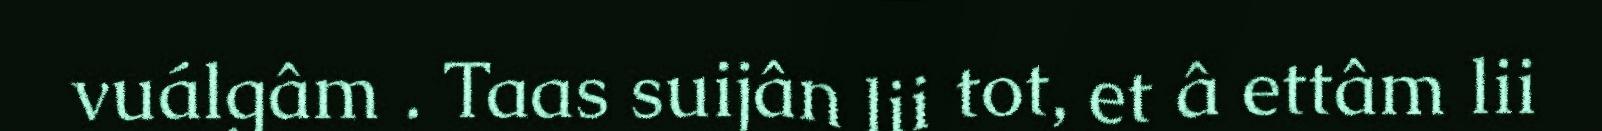
vuálgâm . Taas suijân lii tot, et â ettâm lii